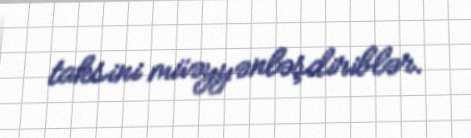
taksini müəyyənləşdiriblər.